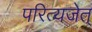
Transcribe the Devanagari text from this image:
परित्यजेत्